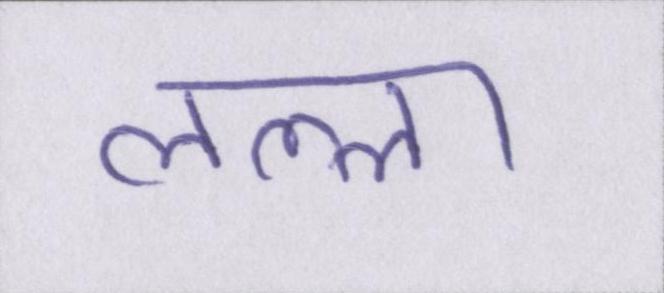
लल्ला